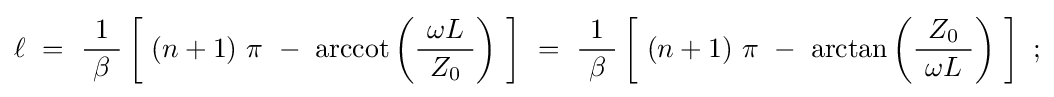
\ell ~=~{\frac {1}{\ \beta \ }}\left[\ (n+1)\ \pi \ -\ \operatorname {arccot} \left({\frac {\ \omega L\ }{Z_{0}}}\right)\ \right]~=~{\frac {1}{\ \beta \ }}\left[\ (n+1)\ \pi \ -\ \arctan \left({\frac {Z_{0}}{\ \omega L\ }}\right)\ \right]~;